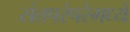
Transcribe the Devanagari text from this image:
संतपरंपरेमध्ये